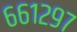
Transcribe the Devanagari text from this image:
६६१२९७